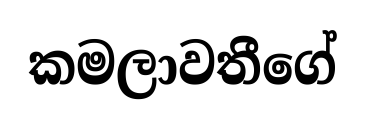
කමලාවතීගේ